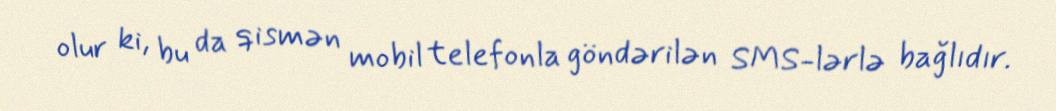
olur ki, bu da qismən mobil telefonla göndərilən SMS-lərlə bağlıdır.